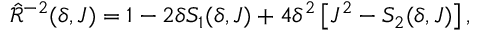
\hat { \mathcal { R } } ^ { - 2 } ( \delta , J ) = 1 - 2 \delta S _ { 1 } ( \delta , J ) + 4 \delta ^ { 2 } \left[ J ^ { 2 } - S _ { 2 } ( \delta , J ) \right] ,